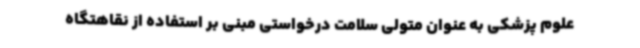
علوم پزشکی به عنوان متولی سلامت درخواستی مبنی بر استفاده از نقاهتگاه